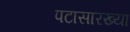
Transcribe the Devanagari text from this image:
पटासारख्या